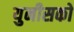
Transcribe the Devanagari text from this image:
युनीसको